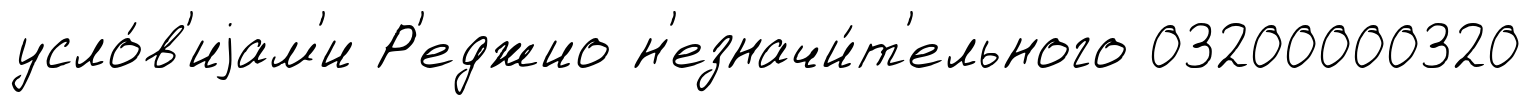
усло́в'иjам'и Р'еджио н'езначи́т'ельного 03200000320